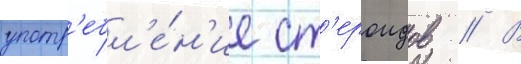
употр'ебл'е́н'ие ст'ероидов // В